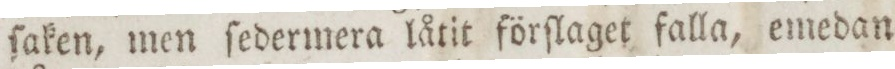
ſaken, men ſedermera låtit förſlaget falla, emedan